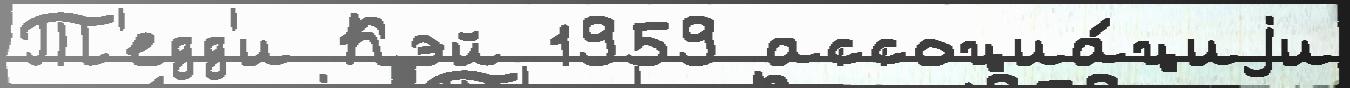
Т'едд'и Кэй 1959 ассоциа́циjи